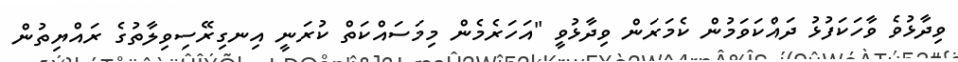
ވިދާޅުވެ ވާހަކަފުޅު ދައްކަވަމުން ކެމަރަން ވިދާޅުވީ "އަހަރެމެން މިމަސައްކަތް ކުރަނީ އިނގިރޭސިވިލާތުގެ ރައްޔިތުން